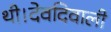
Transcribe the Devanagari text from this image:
थी।देवदिवाली